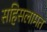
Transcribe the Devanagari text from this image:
सहिसलामत